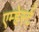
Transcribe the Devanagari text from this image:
एम्हेर्स्ट